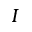
I